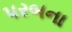
પરબના